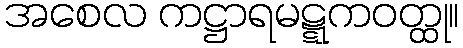
အစေလ ကဋ္ဌာရမဋ္ဋကဝတ္ထု။